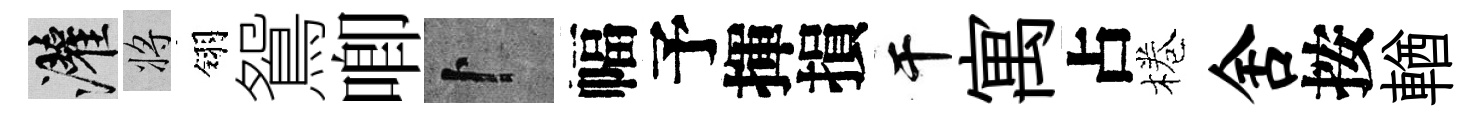
灌將翎鴛唧卜幅予揮損干寓占棬舍按輶